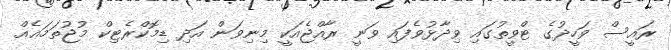
ރައީސް ވަހީދުގެ ޓްވީތުގައި ވިދާޅުވެފައި ވަނީ ރާއްޖެއަކީ މިނިވަން އަދި ޑިމޮކްރެޓިކް މުޖުތަމަޢެއް